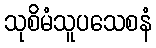
သုစိမံသူပသေစနံ